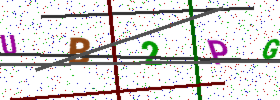
Text: UB2PG